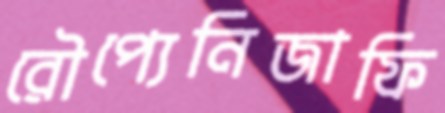
রৌপ্যেনিজাফি